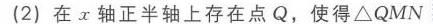
已按要求以标准LATEX格式回复图中内容，若还有其他需求，请随时告诉我。